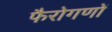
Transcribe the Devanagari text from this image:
फैरोगणों